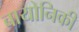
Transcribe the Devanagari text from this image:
बायोनिकी